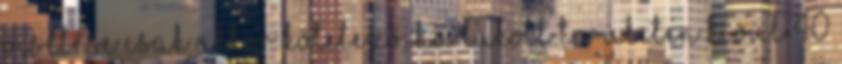
viselése csak akkor kötelező, ha lakott területen kívül 40